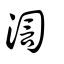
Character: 渹